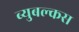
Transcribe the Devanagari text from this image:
ब्युबल्कस